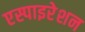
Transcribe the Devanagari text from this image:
एस्पाइरेशन